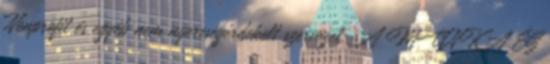
Nonprofit és egyéb nem nyereségérdekelt szervezet: A MUNKA ÉS